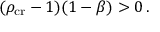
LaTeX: ( \rho _ { \mathrm { c r } } - 1 ) ( 1 - \beta ) > 0 \, .